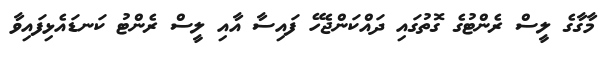
މާގާގެ ލީސް ރެންޓުގެ ގޮތުގައި ދައްކަންޖެހޭ ފައިސާ އާއި ލީސް ރެންޓު ކަނޑައެޅިފައިވާ